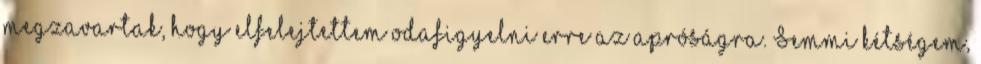
megzavartak, hogy elfelejtettem odafigyelni erre az apróságra. Semmi kétségem,